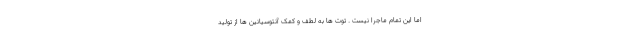
اما این تمام ماجرا نیست . توت ها به لطف و کمک آنتوسیانین ها از تولید